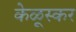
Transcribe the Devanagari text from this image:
केळूस्कर